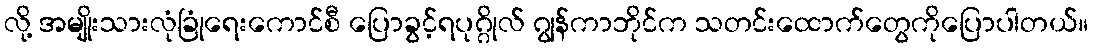
လို့ အမျိုးသားလုံခြုံရေးကောင်စီ ပြောခွင့်ရပုဂ္ဂိုလ် ဂျွန်ကာဘိုင်က သတင်းထောက်တွေကိုပြောပါတယ်။